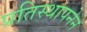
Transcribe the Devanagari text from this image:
प्रतिस्थापनेने